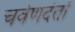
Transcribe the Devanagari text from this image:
चर्वणदंतों